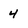
Character: 4